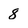
Character: 8